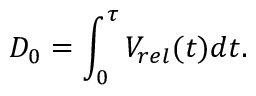
D _ { 0 } = \int _ { 0 } ^ { \tau } V _ { r e l } ( t ) d t .